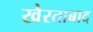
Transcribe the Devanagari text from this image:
खैरताबाद